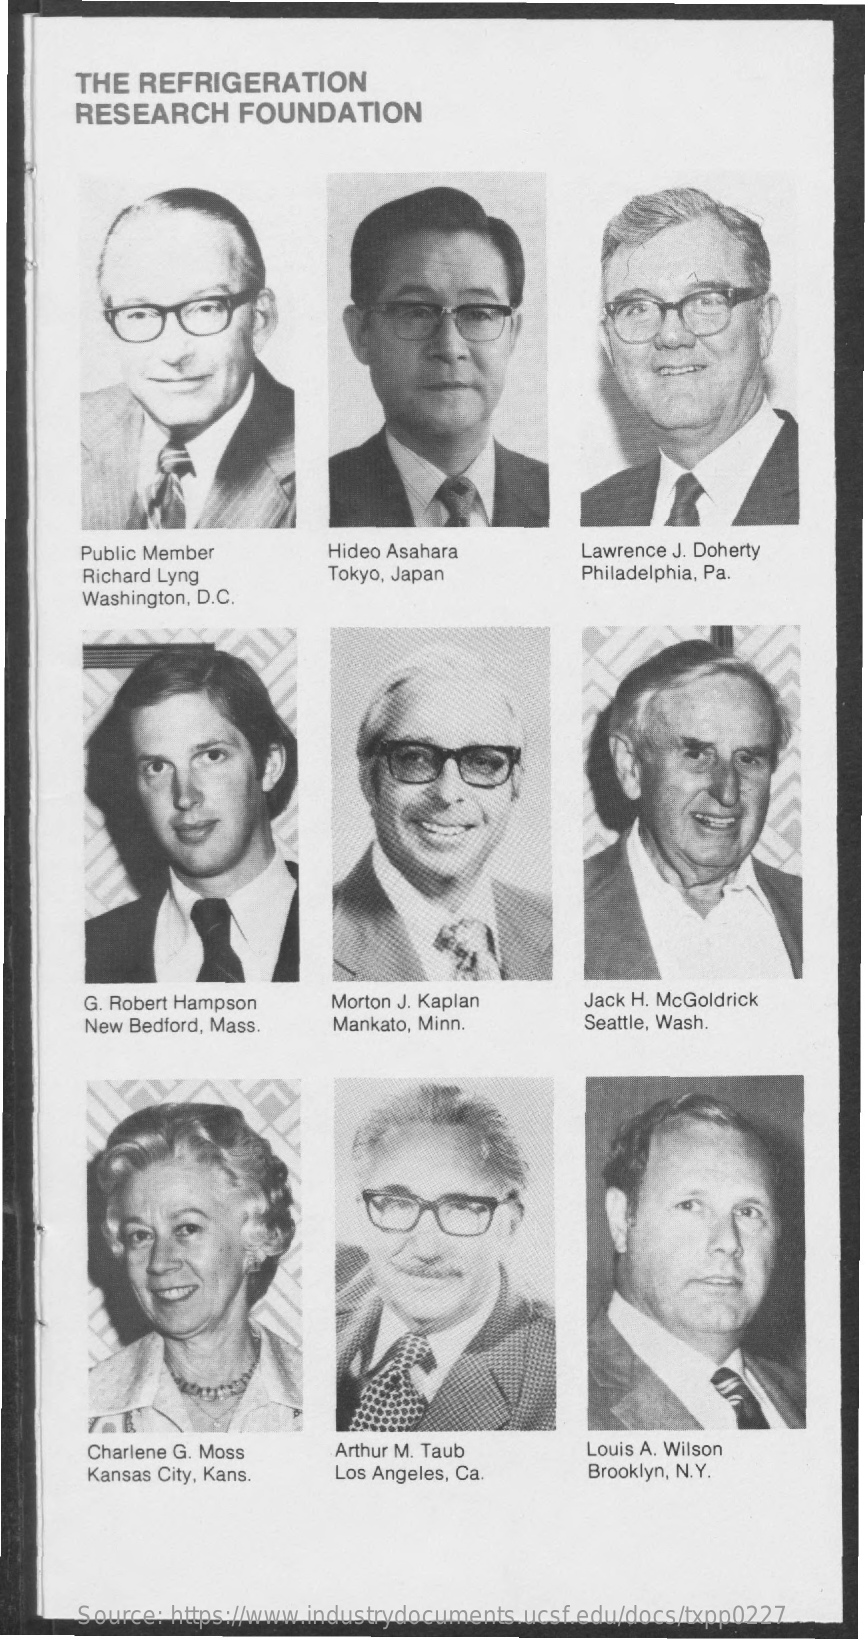
THE REFRIGERATION
     RESEARCH    FOUNDATION
     Public Member    Hideo Asahara    Lawrence J. Doherty
     Richard Lyng    Tokyo, Japan    Philadelphia, Pa.
     Washington, D.C.
     G. Robert Hampson    Morton J. Kaplan    Jack H. McGoldrick
     New Bedford, Mass.   Mankato, Minn.    Seattle, Wash.
     Charlene G. Moss    Arthur M. Taub    Louis A. Wilson
     Kansas City, Kans.  Los Angeles, Ca.    Brooklyn, N.Y.
     Source: https://www.industrydocuments.ucsf.edu/docs/txpp0227